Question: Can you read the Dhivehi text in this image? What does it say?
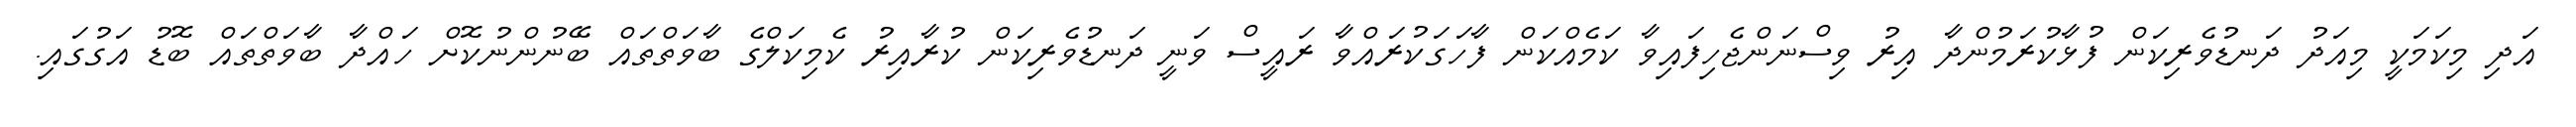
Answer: އަދި މިކަމަކީ މިއަދު ދަނޑުވެރިކަން ފުޅާކުރަމުންދާ އިރު ވިސްނަންޖެހިފައިވާ ކަމެއްކަން ފާހަގަކުރައްވާ ރައީސް ވަނީ ދަނޑުވެރިކަން ކުރާއިރު ކެމިކަލްގެ ބާވަތްތައް ބޭނުންނުކޮށް ހައްދާ ބާވަތްތައް ބޮޑު އަގުގައި.